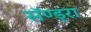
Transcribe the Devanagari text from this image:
सॅण्ड्रा